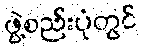
ဖွဲ့စည်းပုံတွင်